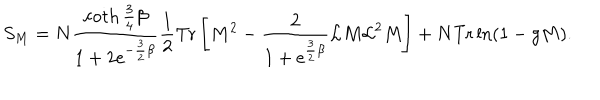
S _ { M } = N \frac { \coth \frac { 3 } { 4 } \beta } { 1 + 2 \mathrm { e } ^ { - \frac { 3 } { 2 } \beta } } \frac { 1 } { 2 } \mathrm { T r } \left[ M ^ { 2 } - \frac { 2 } { 1 + \mathrm { e } ^ { \frac { 3 } { 2 } \beta } } { \cal L } M { \cal L } ^ { 2 } M \right] + N \mathrm { T r } \ln ( 1 - g M ) .